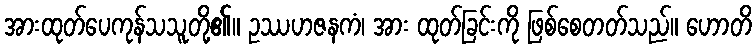
အားထုတ်ပေကုန်သသူတို့၏။ ဥဿဟဇနကံ၊ အား ထုတ်ခြင်းကို ဖြစ်စေတတ်သည်။ ဟောတိ